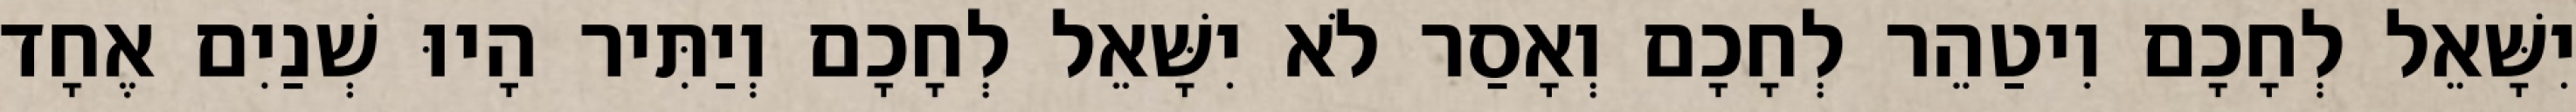
יִשָּׁאֵל לְחָכָם וִיטַהֵר לְחָכָם וְאָסַר לֹא יִשָּׁאֵל לְחָכָם וְיַתִּיר הָיוּ שְׁנַיִם אֶחָד